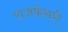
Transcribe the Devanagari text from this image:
राजकेसरी